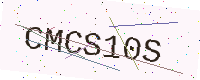
Text: CMCS10S